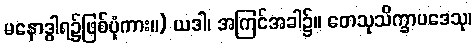
မနောဒွါရ၌ဖြစ်ပုံကား။) ယဒါ၊ အကြင်အခါ၌။ တေသုသိက္ခာပဒေသု၊